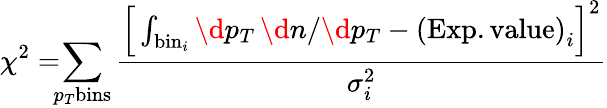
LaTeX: \chi^{2}=\! \! \! \sum_{p_{T}\mathrm{bins}}\frac{\Big[\int_{\mathrm{bin}_{i}}\d p_{T}\, \d n/\d p_{T}-\mathrm{(Exp.value)}_{i}\Big]^{2}}{\sigma_{i}^{2}}